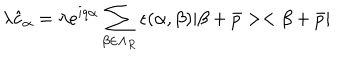
\lambda \hat { c } _ { \alpha } = \lambda e ^ { i q \alpha } \sum _ { \beta \in \Lambda _ { R } } \epsilon ( \alpha , \beta ) | \beta + \bar { p } > < \beta + \bar { p } |